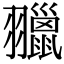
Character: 𦒦